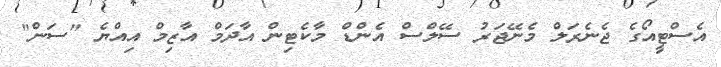
އެސްޓީއޯގެ ޖެނެރަލް މެނޭޖަރު ސޭލްސް އެންޑް މާކެޓިން އާދަމް އާޒިމް އިއްޔެ "ސަން"